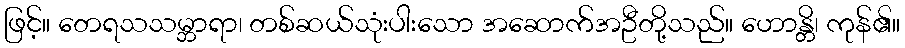
ဖြင့်။ တေရသသမ္ဘာရာ၊ တစ်ဆယ်သုံးပါးသော အဆောက်အဦတို့သည်။ ဟောန္တိ၊ ကုန်၏။